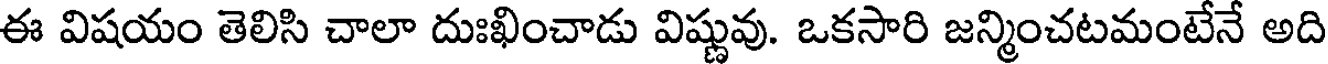
ఈ విషయం తెలిసి చాలా దుఃఖించాడు విష్ణువు. ఒకసారి జన్మించటమంటేనే అది